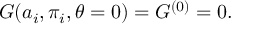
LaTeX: G ( a _ { i } , \pi _ { i } , \theta = 0 ) = { \cal G } ^ { ( 0 ) } = 0 .